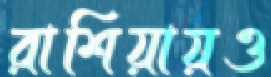
রাশিয়ায়ও